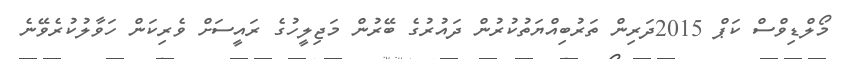
މޯލްޑިވްސް ކަޕް 2015ދަރިން ތަރުބިއްޔަތުކުރުން ދައުރުގެ ބޭރުން މަޖިލީހުގެ ރައީސަށް ވެރިކަން ހަވާލުކުރެވޭނެ